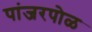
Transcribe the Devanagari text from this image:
पांजरपोळ